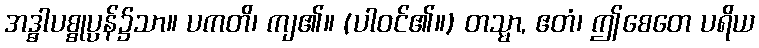
အဒ္ဓါပစ္စုပ္ပန်၌သာ။ ပကတိ၊ ကျ၏။ (ပါဝင်၏။) တသ္မာ, ဧတံ၊ ဤစေတေ ပရိယ